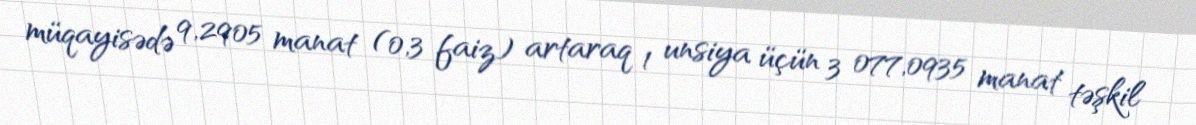
müqayisədə 9,2905 manat (0,3 faiz) artaraq 1 unsiya üçün 3 077,0935 manat təşkil